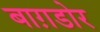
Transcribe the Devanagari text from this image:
बाग़डोर